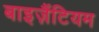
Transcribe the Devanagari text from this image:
बाइज़ैंटियम